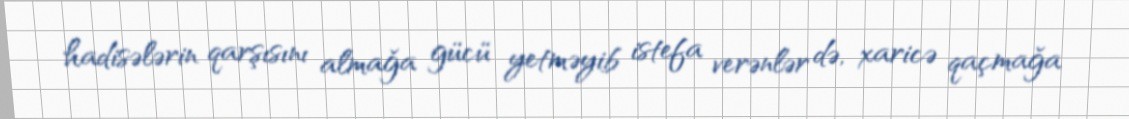
hadisələrin qarşısını almağa gücü yetməyib istefa verənlər də, xaricə qaçmağa